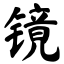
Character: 镜